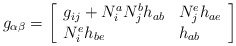
\begin{align*}g_{\alpha \beta }=\left[\begin{array}{ll}g_{ij}+N_i^aN_j^bh_{ab} & N_j^eh_{ae} \\N_i^eh_{be} & h_{ab}\end{array}\right] \end{align*}